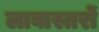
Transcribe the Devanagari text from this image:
लावास्तरोें